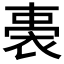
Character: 𧚐